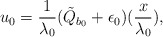
\begin{align*}u_{0}=\frac{1}{\lambda_{0}}(\tilde{Q}_{b_{0}}+\epsilon_{0})(\frac{x}{\lambda_{0}}),\end{align*}